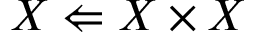
X \Leftarrow X \times X